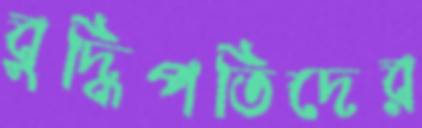
বুদ্ধিপতিদের